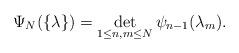
LaTeX: \begin{align*}\Psi_N(\{\lambda\})=\det_{1\leq n,m\leq N} \psi_{n-1}(\lambda_m).\end{align*}